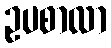
ဥပစာလာ